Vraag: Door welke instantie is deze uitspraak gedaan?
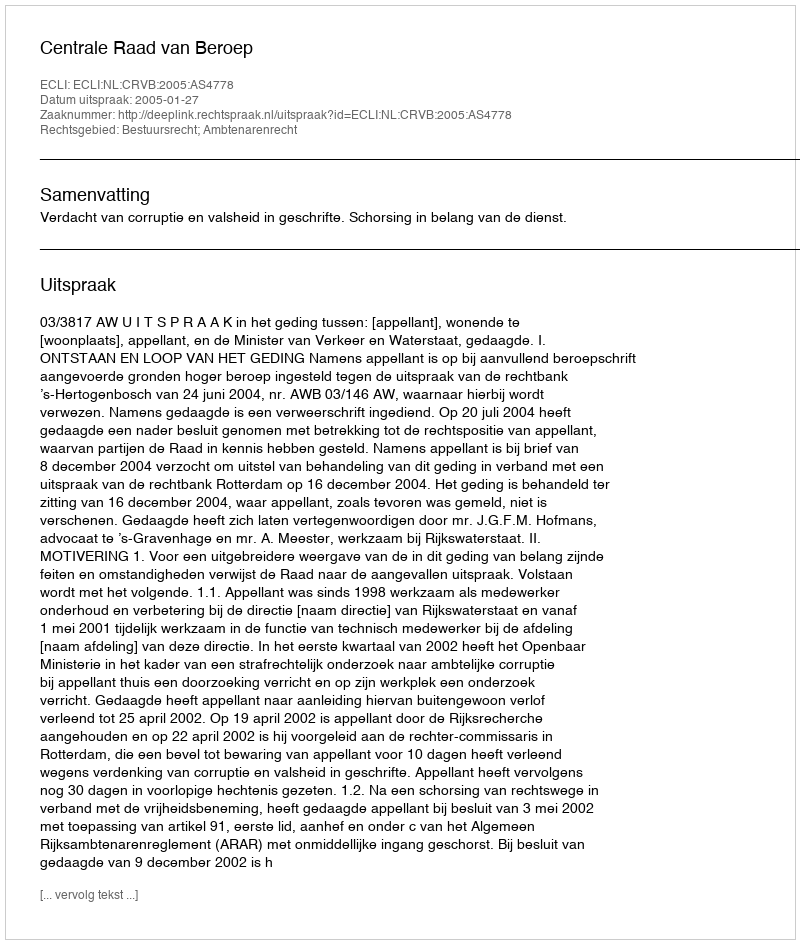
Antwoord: Centrale Raad van Beroep